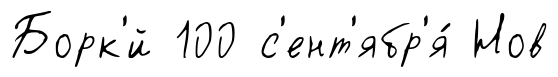
Борк'́й 100 с'ент'ябр'я́ Нов